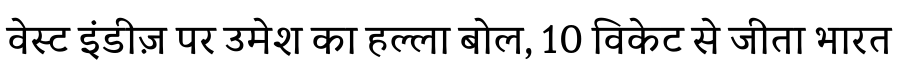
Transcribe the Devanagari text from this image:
वेस्ट इंडीज़ पर उमेश का हल्ला बोल, 10 विकेट से जीता भारत